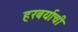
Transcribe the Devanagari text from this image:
हरबर्याची